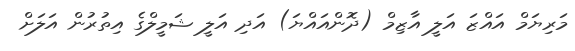
މަރިޔަމް އައްޒަ އަލީ އާޒިމް (ދޮންއައްޔަ) އަދި އަލީ ޝަމީލްގެ އިތުރުން އަލަށް